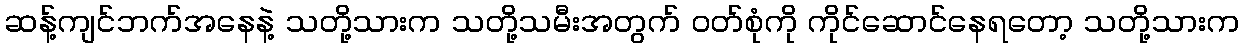
ဆန့်ကျင်ဘက်အနေနဲ့ သတို့သားက သတို့သမီးအတွက် ဝတ်စုံကို ကိုင်ဆောင်နေရတော့ သတို့သားက